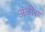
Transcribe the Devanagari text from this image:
अंजीरा